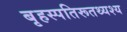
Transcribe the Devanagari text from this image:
बृहस्पतिरूतथ्यश्य